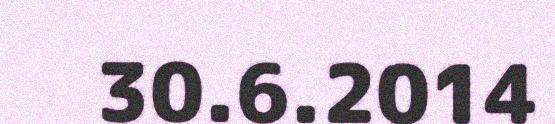
30.6.2014